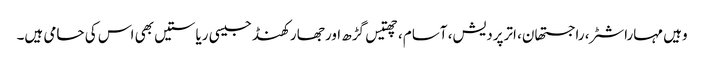
وہیں مہاراشٹر، راجستھان، اترپردیش، آسام، چھتیس گڑھ اور جھارکھنڈ جیسی ریاستیں بھی اس کی حامی ہیں۔